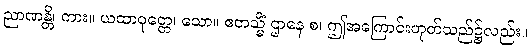
ညာဏန္တိ၊ ကား။ ယထာဝုတ္တေ၊ သော။ ဧတသ္မိံ ဌာနေ စ၊ ဤအကြောင်းဟုတ်သည်၌လည်း။